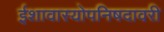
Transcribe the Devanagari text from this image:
ईशावास्योपनिषदावरी